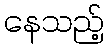
နေသည့်